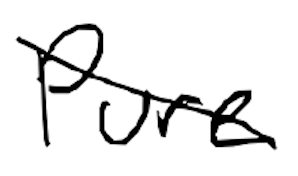
Text: Pure
Cross-out: diagonal
Writing tool: digital_black